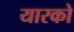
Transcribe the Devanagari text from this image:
यारको